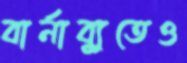
বার্নাব্যুতেও